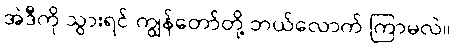
အဲဒီကို သွားရင် ကျွန်တော်တို့ ဘယ်လောက် ကြာမလဲ။